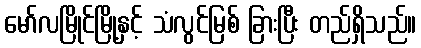
မော်လမြိုင်မြို့နှင့် သံလွင်မြစ် ခြားပြီး တည်ရှိသည်။